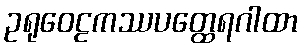
ဥရုဝေဠကဿပတ္ထေရဂါထာ